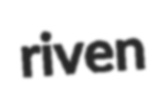
riven